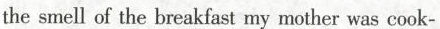
the smell of the breakfast my mother was cook-